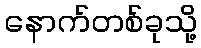
နောက်တစ်ခုသို့